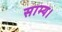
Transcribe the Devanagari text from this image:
साम्य।